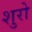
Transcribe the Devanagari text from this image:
शुरो